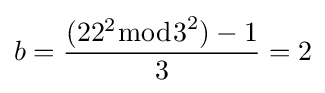
b={\frac {(22^{2}{\bmod {3}}^{2})-1}{3}}=2